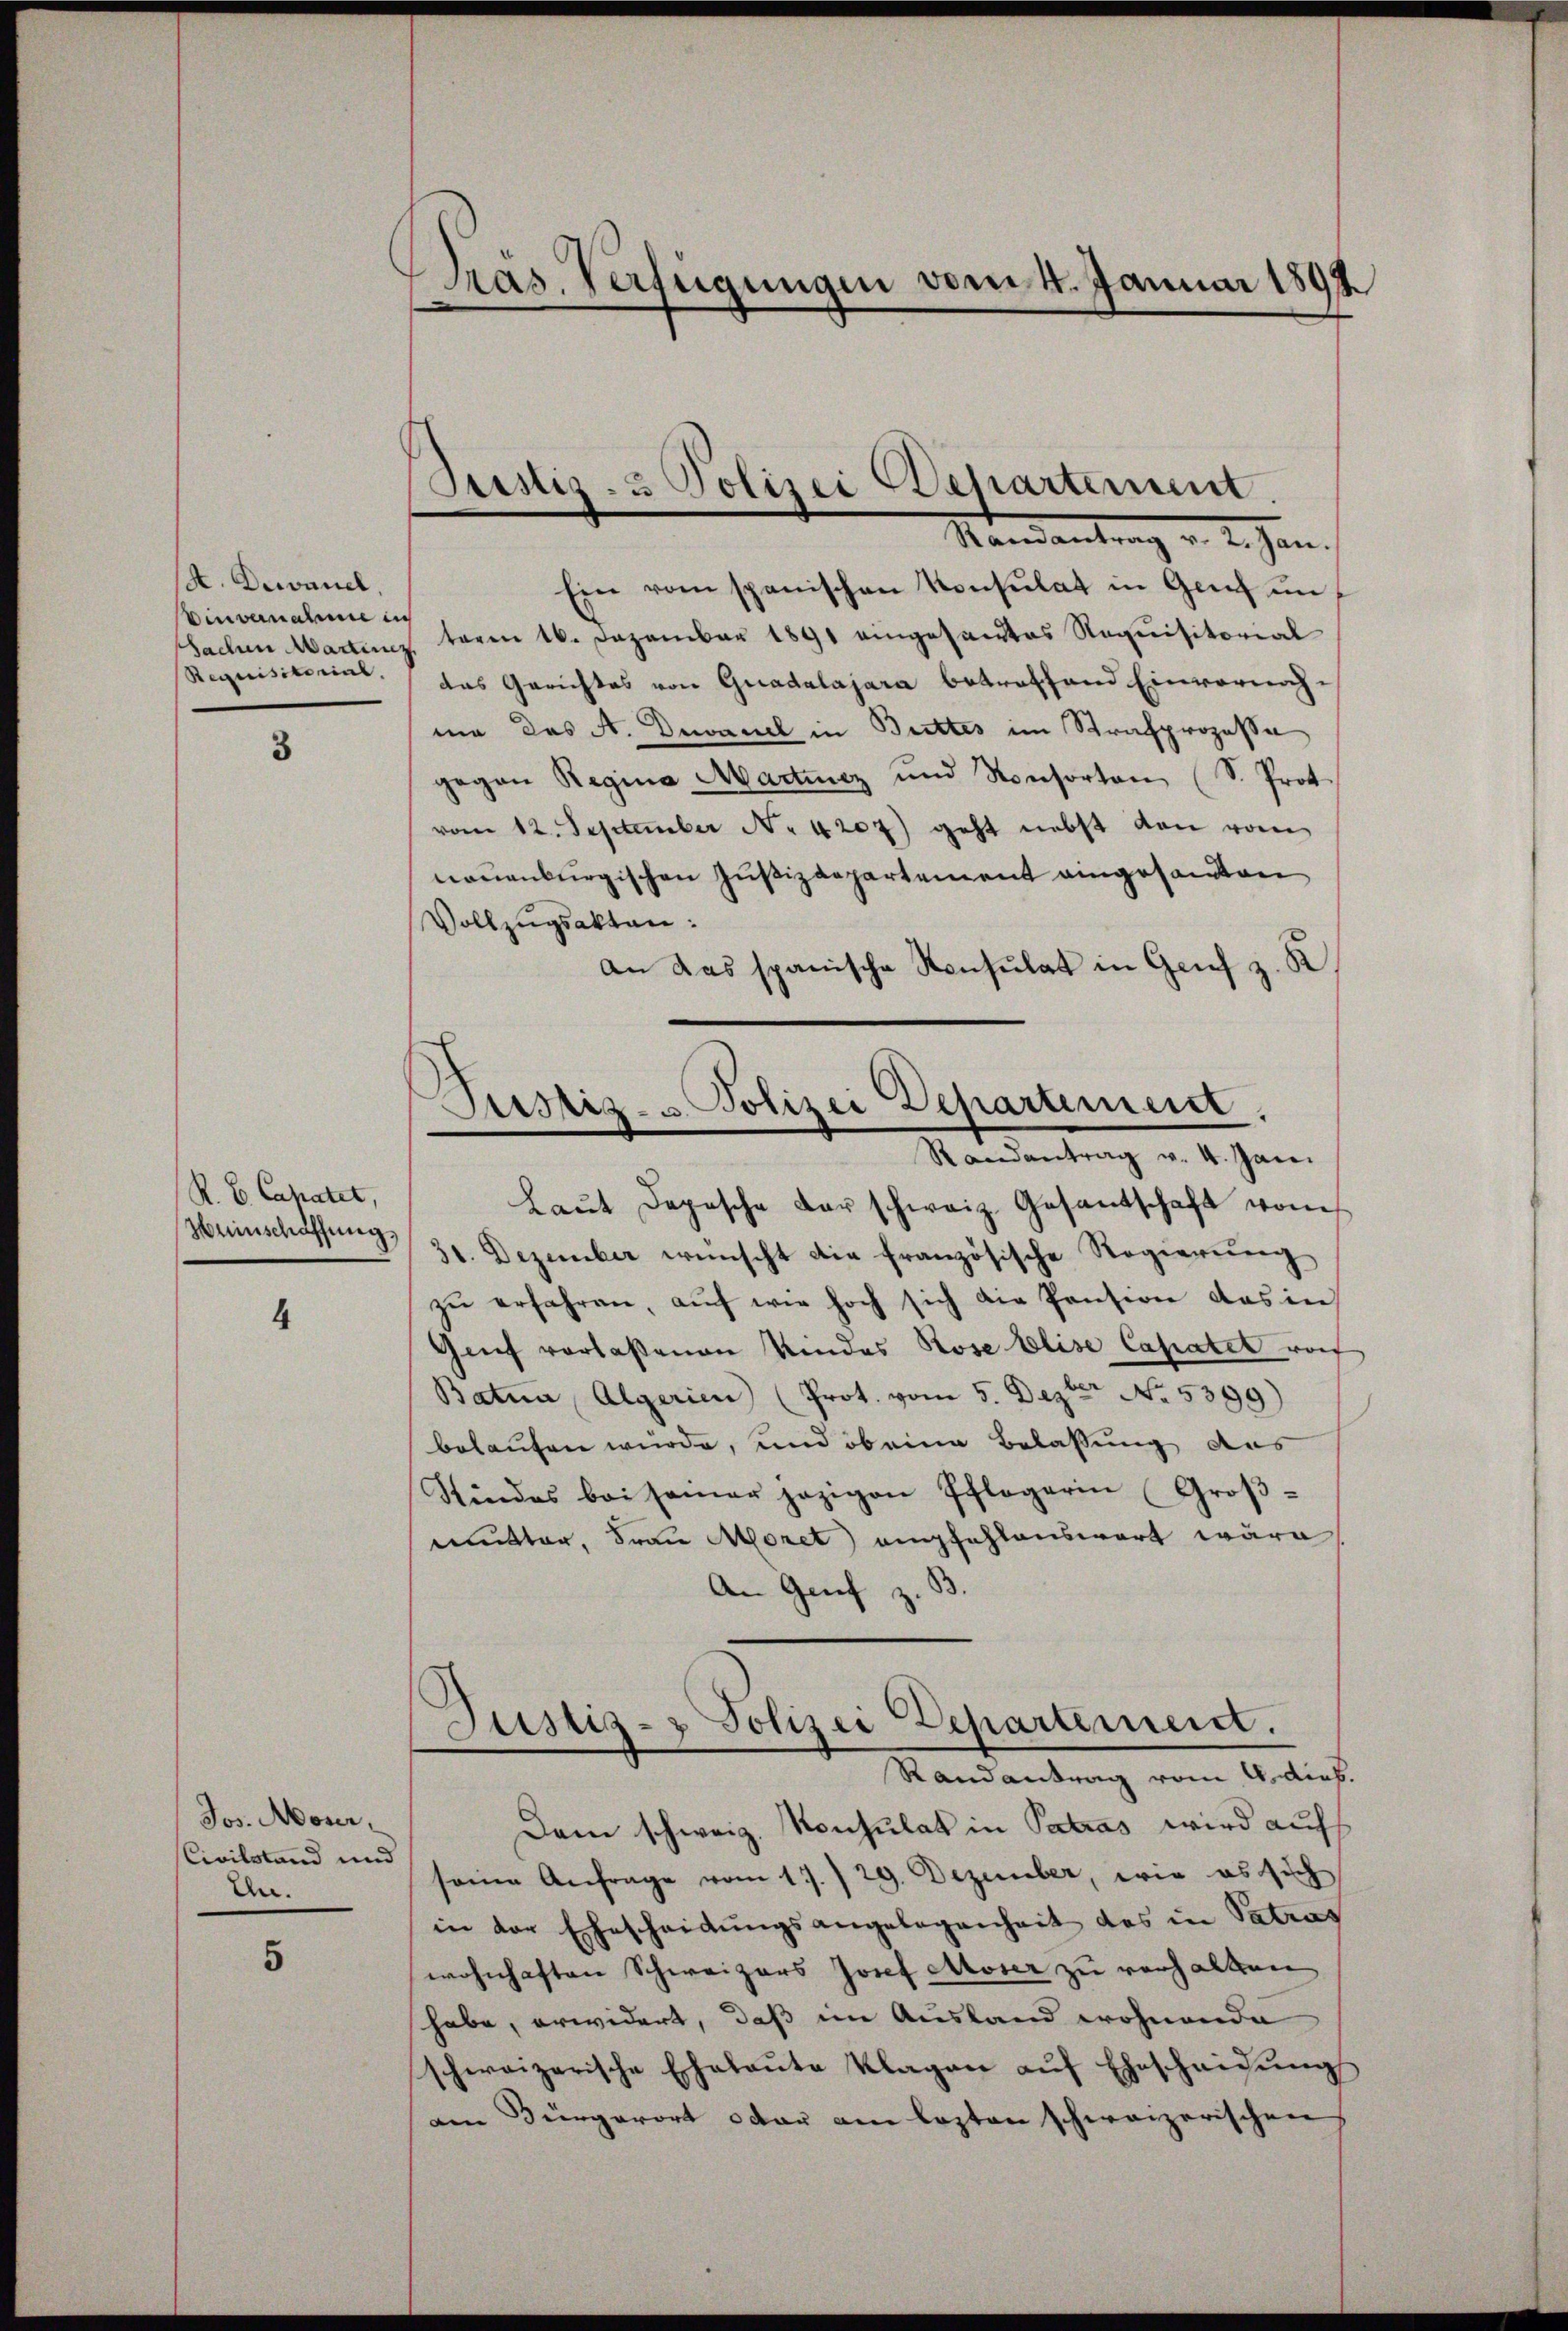
A. Decanel.
invernahme in
sachen Martinen
Requisitorial.

3

K. B. Capatet,
Weinschaffung,

4

Jos. Moser,
CCivilstand und
En.

5

Präs. Verfügungen vom 4. Januar 1892

Sistiz- & Polizei Departement.
Nondantrag v. J. Jan.

Justiz- & Polizei Departement.
Randantrag v. 4. Jan.

Ein vom spanischen Konsulat in Genf im
teren 16. Dezember 1891 eingesactes Requisitorial
das Gerichtes von Guadalajara betreffend Einvernahma das A. Devanel in Buttes im Strafprozessa
gegen Regina Martinz und Konsorten (S. Prot.
vom 12. September No. 4207) geht nebst den vom
nauenburgischen Justizdepartement eingesandten
Vollzŭgsakten:
an das spanische Konsulat in Genf z. K
Laŭt Depesche der schweiz. Gesantschaft vom
31. Dezember wünscht die französische Regierung
zŭ erfahren, aŭf wie hoch sich die Pension das in
Genf verlaßenen Kindes Rose Elise Capatet worf
Batua, Algerien (Prot. vom 5. Dezter No. 5399)
belaufen wurde, und ob eine Belassung aus
Stindes bei samer jezigen Pflegerin Groβ-
mutter, Frau Moret empfehlenswert wäre
An Genf z. B.
Justiz- & Polizei Departement.
Randantrag vom 4. dich.
Dem schweiz. Konsulat in Patras wird auf
seine Anfrage vom 17./29. Dezember, wie es sich
in der Ehescheidŭngsangelegenheit des in Vatras
wohnhaften Schweizers Josef Moser zu verhalten
habe, erwidert, daß im Ausland wohnende
schweizerische Ehelaŭte Klagen aŭf Ehescheidŭng
am Bürgerort oder am lezten schweizerischen